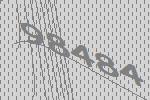
98484